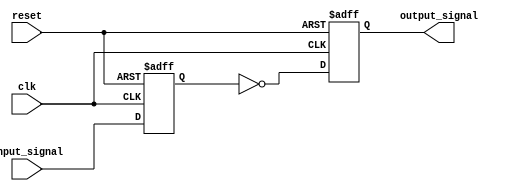
module inverter_delay (
    input wire clk,
    input wire reset,
    input wire input_signal,
    output reg output_signal
);

reg delayed_input;

always @(posedge clk or posedge reset) begin
    if (reset) begin
        delayed_input <= 1'b0;
    end else begin
        delayed_input <= input_signal;
    end
end

always @(posedge clk or posedge reset) begin
    if (reset) begin
        output_signal <= 1'b0;
    end else begin
        output_signal <= ~delayed_input;
    end
end

endmodule